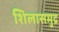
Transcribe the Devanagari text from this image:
शिलासमुद्र